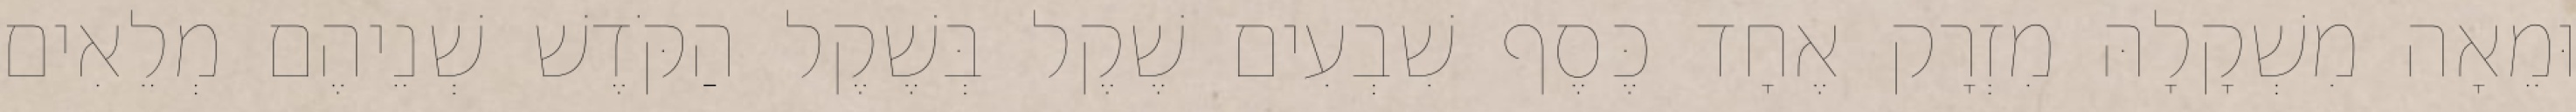
וּמֵאָה מִשְׁקָלָהּ מִזְרָק אֶחָד כֶּסֶף שִׁבְעִים שֶׁקֶל בְּשֶׁקֶל הַקֹּדֶשׁ שְׁנֵיהֶם מְלֵאִים